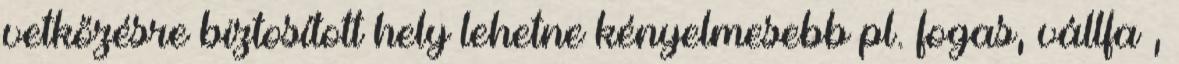
vetkőzésre biztosított hely lehetne kényelmesebb pl. fogas, vállfa ,